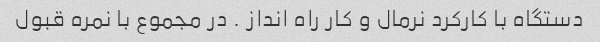
دستگاه با کارکرد نرمال و کار راه انداز . در مجموع با نمره قبول